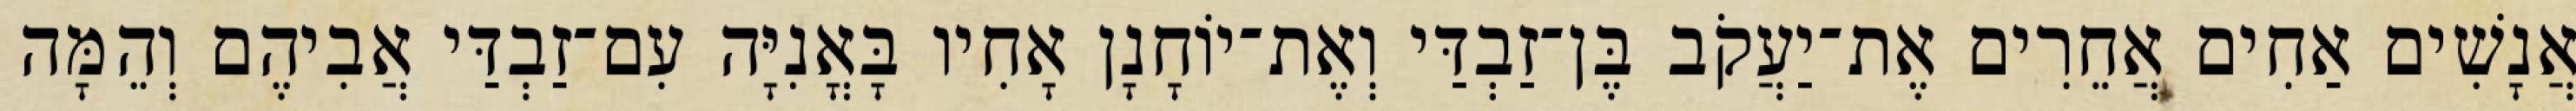
אֲנָשִׁים אַחִים אֲחֵרִים אֶת־יַעֲקֹב בֶּן־זַבְדַּי וְאֶת־יוֹחָנָן אָחִיו בָּאֳנִיָּה עִם־זַבְדַּי אֲבִיהֶם וְהֵמָּה